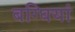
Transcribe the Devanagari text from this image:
बग्घियां